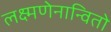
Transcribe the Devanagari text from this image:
लक्ष्मणेनान्वितो